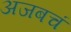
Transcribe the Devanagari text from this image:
अजबचं